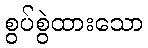
စွပ်စွဲထားသော